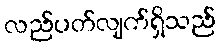
လည်ပတ်လျက်ရှိသည်